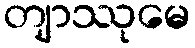
တျာဿုမေ